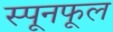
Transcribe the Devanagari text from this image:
स्पूनफूल